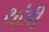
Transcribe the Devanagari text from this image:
थांडी